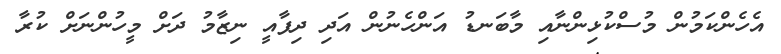
އެހެންކަމުން މުސްކުޅިންނާއި މާބަނޑު އަންހެނުން އަދި ދިފާއީ ނިޒާމު ދަށް މީހުންނަށް ކުރާ